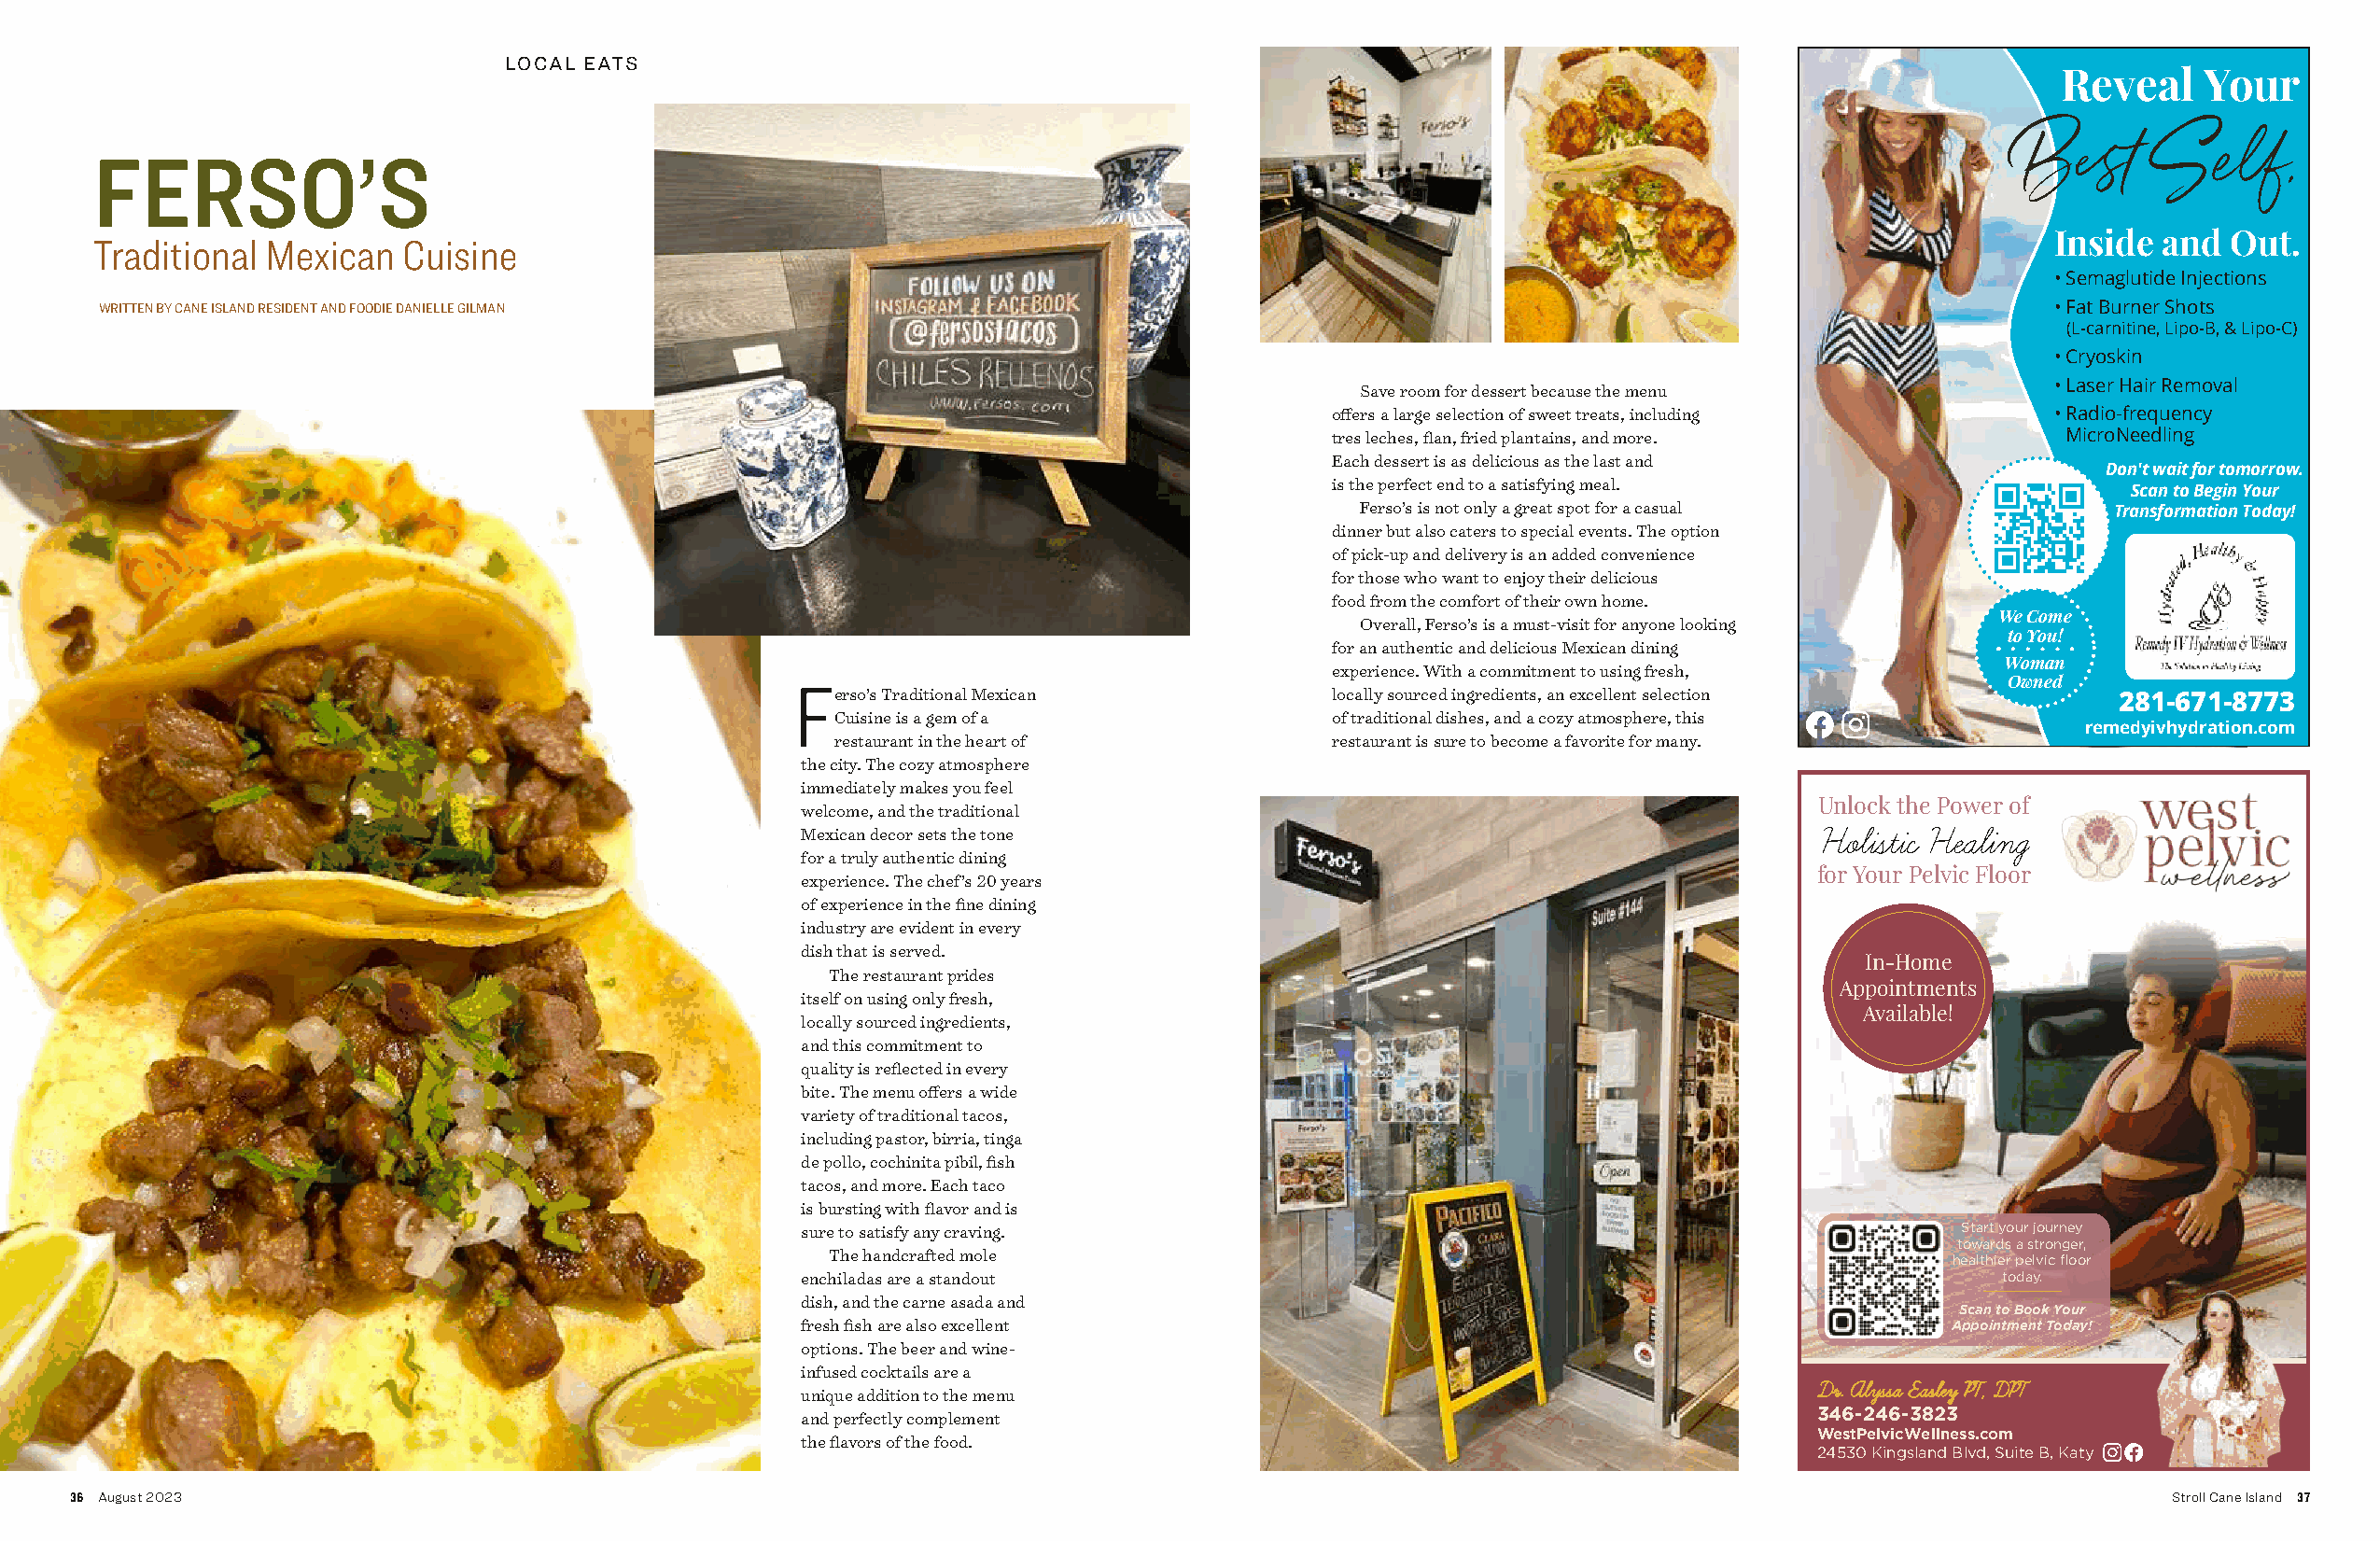
LOCAL EATS
 Reveal    Your
 FERSO’S
 Best      Self,
 Inside and  Out.
 Traditional Mexican   Cuisine
 • Semaglutide Injections
 WRITTEN BY CANE ISLAND RESIDENT AND FOODIE DANIELLE GILMAN                                                                                 • Fat Burner Shots
 (L-carnitine, Lipo-B, & Lipo-C)
 • Cryoskin
 Save room for dessert because the menu            • Laser Hair Removal
 offers a large selection of sweet treats, including • Radio-frequency
 tres leches, flan, fried plantains, and more.       MicroNeedling
 Each dessert is as delicious as the last and
 Don't wait for tomorrow.
 is the perfect end to a satisfying meal.
 Scan to Begin Your
 Ferso’s is not only a great spot for a casual         Transformation Today!
 dinner but also caters to special events. The option
 of pick-up and delivery is an added convenience
 for those who want to enjoy their delicious
 food from the comfort of their own home.
 We Come
 Overall, Ferso’s is a must-visit for anyone looking
 to You!
 for an authentic and delicious Mexican dining
 Woman
 experience. With a commitment to using fresh,
 Owned
 Ferso’s Traditional Mexican           locally sourced ingredients, an excellent selection     281-671-8773
 Cuisine is a gem of a              of traditional dishes, and a cozy atmosphere, this
 remedyivhydration.com
 restaurant in the heart of         restaurant is sure to become a favorite for many.
 the city. The cozy atmosphere
 immediately makes you feel
 Unlock the Power of
 welcome, and the traditional
 Holistic Healing
 Mexican decor sets the tone
 for a truly authentic dining
 for Your Pelvic Floor
 experience. The chef’s 20 years
 of experience in the fine dining
 industry are evident in every
 dish that is served.
 In-Home
 The restaurant prides
 Appointments
 itself on using only fresh,
 Available!
 locally sourced ingredients,
 and this commitment to
 quality is reflected in every
 bite. The menu offers a wide
 variety of traditional tacos,
 including pastor, birria, tinga
 de pollo, cochinita pibil, fish
 tacos, and more. Each taco
 is bursting with flavor and is
 sure to satisfy any craving.                                                      Start your journey
 towards a stronger,
 The handcrafted mole
 healthier pelvic floor
 enchiladas are a standout                                                            today.
 dish, and the carne asada and
 Scan to Book Your
 fresh fish are also excellent                                                    Appointment Today!
 options. The beer and wine-
 infused cocktails are a
 Dr. Alyssa Easley PT, DPT
 unique addition to the menu
 and perfectly complement                                                346-246-3823
 the flavors of the food.                                                WestPelvicWellness.com
 24530 Kingsland Blvd, Suite B, Katy
 36 August 2023                                                                                                                                       Stroll Cane Island 37